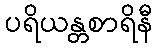
ပရိယန္တစာရိနီ